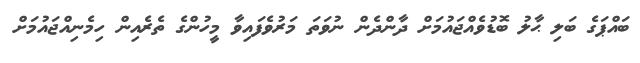
ބައްޕަގެ ބަލި ޙާލު ބޮޑުވެއްޖައުމަށް ދާންދެން ނުވަތަ މަރުވެފައިވާ މީހުންގެ ތެރެއިން ހިމެނިއްޖައުމަށް